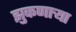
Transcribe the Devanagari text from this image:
झुकणार्‍या